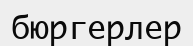
бюргерлер